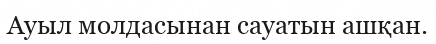
Ауыл молдасынан сауатын ашқан.